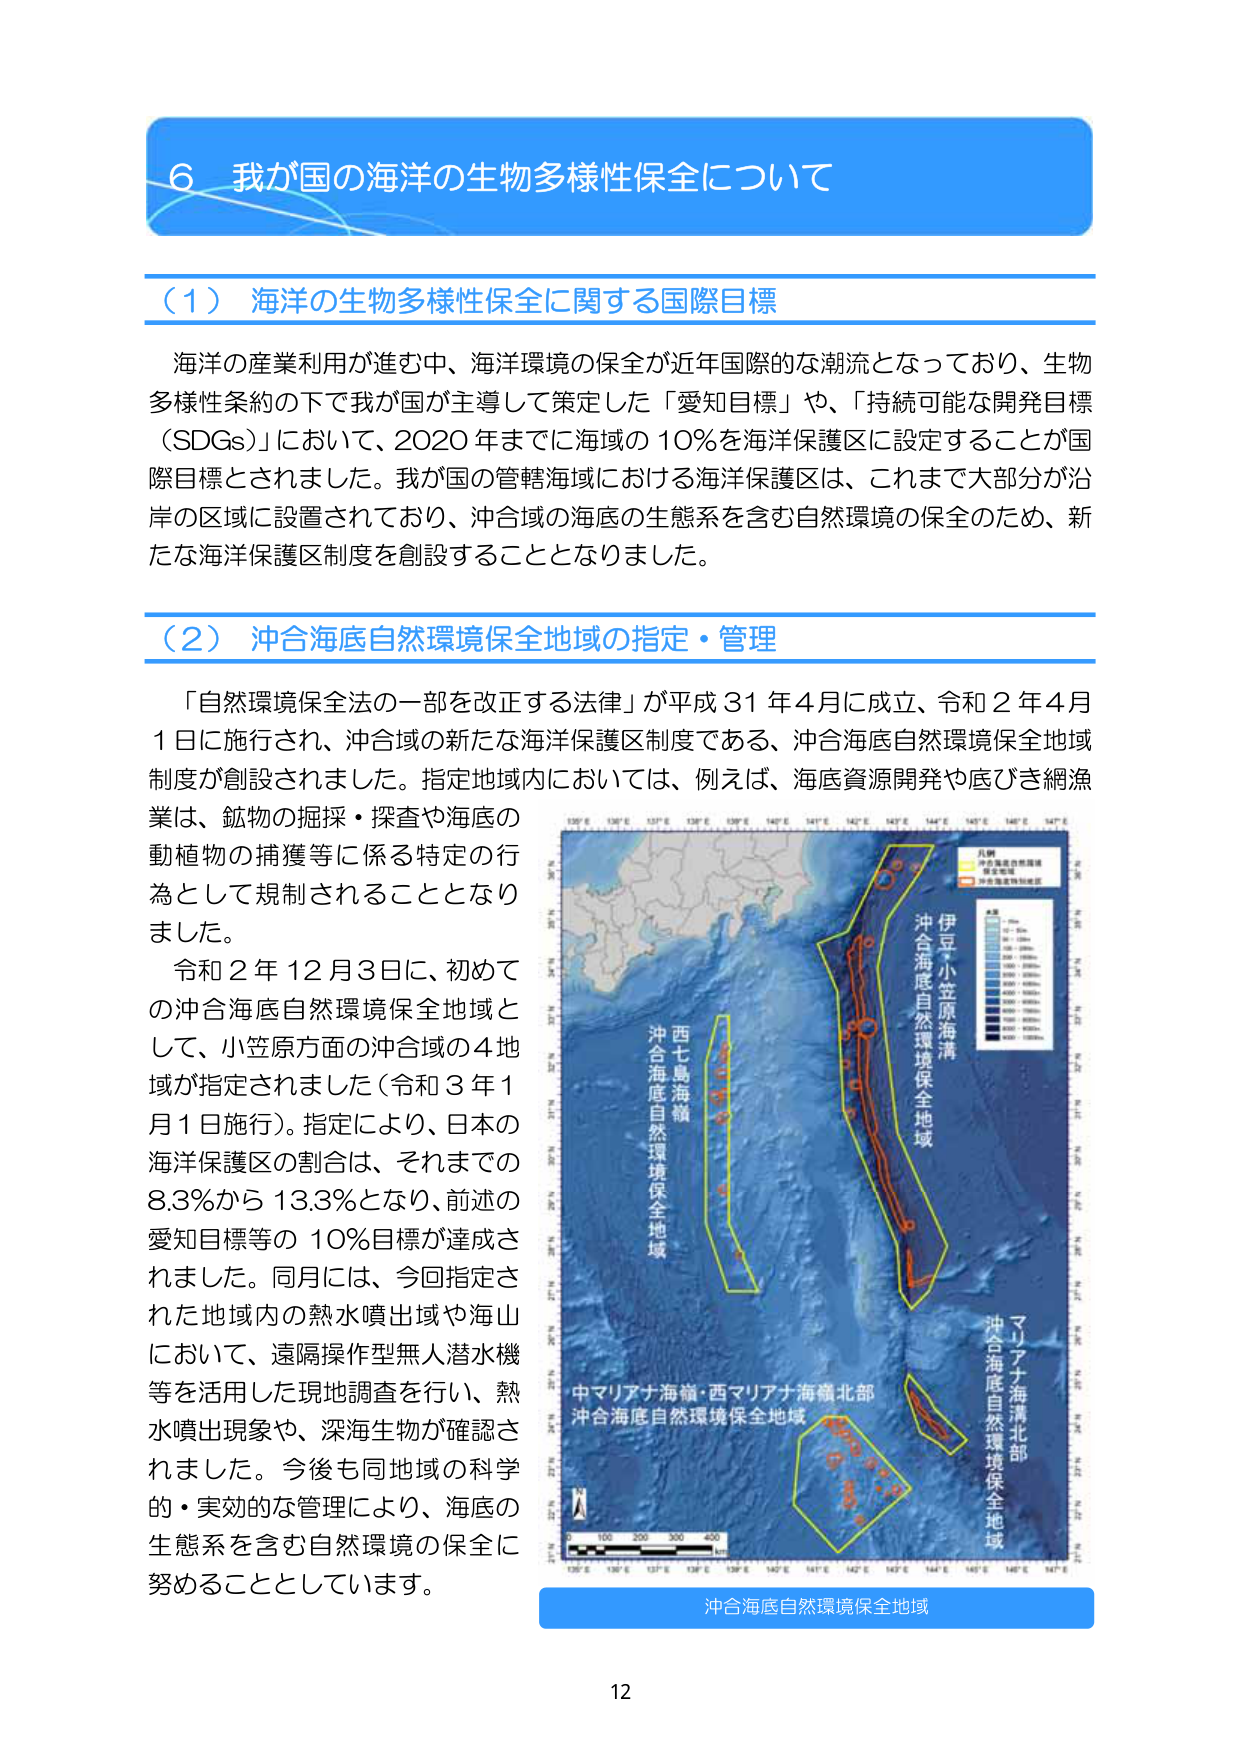
6 我が国の海洋の生物多様性保全について

（1）海洋の生物多様性保全に関する国際目標

海洋の産業利用が進む中、海洋環境の保全が近年国際的な潮流となっており、生物多様性条約の下で我が国が主導して策定した「愛知目標」や、「持続可能な開発目標（SDGs）」において、2020年までに海域の10％を海洋保護区に設定することが国際目標とされました。我が国の管轄海域における海洋保護区は、これまで大部分が沿岸の区域に設置されており、沖合域の海底の生態系を含む自然環境の保全のため、新たな海洋保護区制度を創設することとなりました。

（2）沖合海底自然環境保全地域の指定・管理

「自然環境保全法の一部を改正する法律」が平成31年4月に成立、令和2年4月1日に施行され、沖合域の新たな海洋保護区制度である、沖合海底自然環境保全地域制度が創設されました。指定地域内においては、例えば、海底資源開発や底びき網漁業は、鉱物の掘採・探査や海底の動植物の捕獲等に係る特定の行為として規制されることとなりました。

令和2年12月3日に、初めての沖合海底自然環境保全地域として、小笠原方面の沖合域の4地域が指定されました（令和3年1月1日施行）。指定により、日本の海洋保護区の割合は、それまでの8.3％から13.3％となり、前述の愛知目標等の10％目標が達成されました。同月には、今回指定された地域内の熱水噴出域や海山において、遠隔操作型無人潜水機等を活用した現地調査を行い、熱水噴出現象や、深海生物が確認されました。今後も同地域の科学的・実効的な管理により、海底の生態系を含む自然環境の保全に努めることとしています。

沖合海底自然環境保全地域

130°E 131°E 132°E 133°E 134°E 135°E 136°E 137°E 138°E 139°E 140°E 141°E 142°E 143°E 144°E 145°E 146°E 147°E

凡例
沖合海底自然環境保全地域
指定地域
沖合海底特徴域

伊豆・小笠原海溝
沖合海底自然環境保全地域

西七島海嶺
沖合海底自然環境保全地域

マリアナ海溝北部
沖合海底自然環境保全地域

中マリアナ海嶺・西マリアナ海嶺北部
沖合海底自然環境保全地域

0 100 200 300 400 km

130°E 131°E 132°E 133°E 134°E 135°E 136°E 137°E 138°E 139°E 140°E 141°E 142°E 143°E 144°E 145°E 146°E 147°E

12